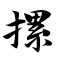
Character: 摞